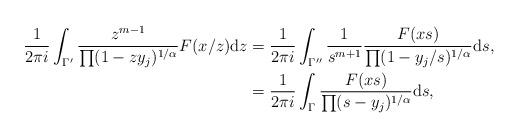
LaTeX: \begin{align*} \frac{1}{2 \pi i} \int_{\Gamma'} \frac{z^{m-1}}{\prod (1-zy_j)^{1/\alpha}} F(x/z) {\rm d}z & = \frac{1}{2 \pi i} \int_{\Gamma''} \frac{1}{s^{m+1}} \frac{F(xs)}{\prod (1-y_j/s)^{1/\alpha}} {\rm d}s, \\ & = \frac{1}{2 \pi i} \int_\Gamma \frac{F(xs)}{\prod (s-y_j)^{1/\alpha}} {\rm d}s, \end{align*}